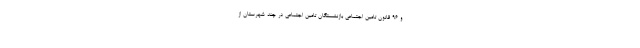
و ۹۶ قانون تامین اجتماعی بازنشستگان تامین اجتماعی در چند شهرستان از